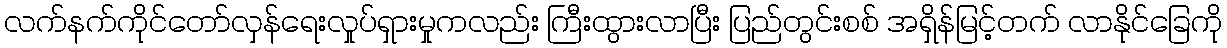
လက်နက်ကိုင်တော်လှန်ရေးလှုပ်ရှားမှုကလည်း ကြီးထွားလာပြီး ပြည်တွင်းစစ် အရှိန်မြင့်တက် လာနိုင်ခြေကို